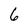
Character: 6